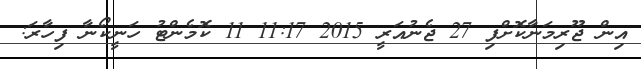
އިން ޖޫރިމަނާކޮށްފި 27 ޖެނުއަރީ 2015 11:17 11 ކޮމެންޓު ހަނީކޯނާ ފިހާރަ: